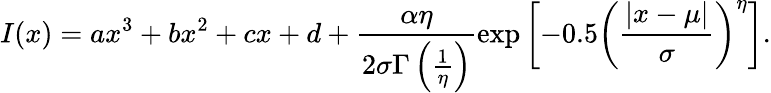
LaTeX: I(x)=ax^{3}+bx^{2}+cx+d+\frac{\alpha\eta}{2\sigma\Gamma\left(\frac{1}{\eta}\right)}\exp\left[-0.5\left(\frac{|x-\mu|}{\sigma}\right)^{\eta}\right].